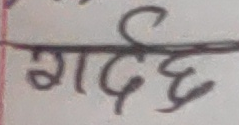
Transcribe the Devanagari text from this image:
गर्दछ